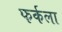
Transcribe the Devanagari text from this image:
फर्कला